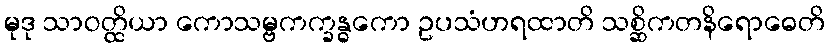
မုဒု သာဝတ္ထိယာ ကောသမ္ဗကက္ခန္ဓကော ဥပသံဟရထာတိ သစ္ဆိကတနိရောဓေတိ